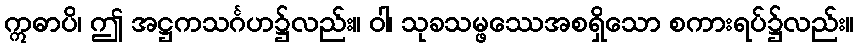
ဣဓာပိ၊ ဤ အဋ္ဌကသင်္ဂဟ၌လည်း။ ဝါ၊ သုခသမ္ဖဿေအစရှိသော စကားရပ်၌လည်း။